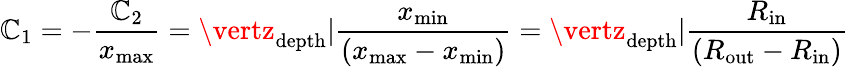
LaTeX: \mathbb{C}_{1}=-\frac{{\mathbb{C}_{2}}}{{x_{\mathrm{{max}}}}}=\vertz_{\mathrm{{depth}}}\vert\frac{{x_{\mathrm{{min}}}}}{{\left(x_{\mathrm{{max}}}-x_{\mathrm{{min}}}\right)}}=\vertz_{\mathrm{{depth}}}\vert\frac{{R_{\mathrm{{in}}}}}{{\left(R_{\mathrm{{out}}}-R_{\mathrm{{in}}}\right)}}